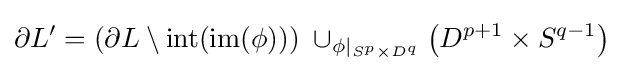
\partial L'=(\partial L\setminus \operatorname {int} (\operatorname {im} (\phi )))\;\cup _{\phi |_{S^{p}\times D^{q}}}\left(D^{p+1}\times S^{q-1}\right)